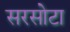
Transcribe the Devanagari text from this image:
सरसोटा